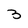
Character: 3